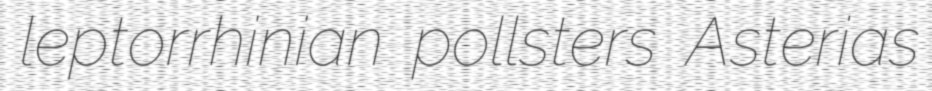
leptorrhinian pollsters Asterias